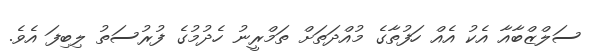
ސަލްޒްބާއާ އެކު އެއް ހަފުތާގެ މުއްދަތަށް ތަމްރީނު ހެދުމުގެ ފުރުސަތު ލިބިފަ އެވެ.